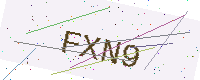
Text: FXN9